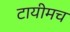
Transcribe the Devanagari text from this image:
टायीमच